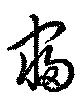
寝